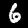
Label: 6